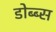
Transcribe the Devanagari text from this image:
डोब्ब्स